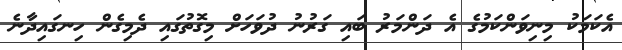
އެކަމަކު މިނިވަންކަމުގެ އެ ދަންމަރު ބައި ގަރުނު ދުވަހަށް މިގޮތުގައި ދެމިގެން ހިނގައިދާނެ